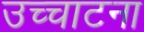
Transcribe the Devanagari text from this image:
उच्चाटना